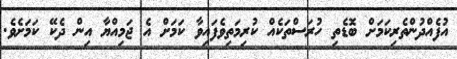
އުފެއްދުންތެރިކަމަށް ބޮޑެތި ހުރަސްތަކެއް ކުރިމަތިވެފައިވާ ކަމަށް އެ ޖަމިއްޔާ އިން ދެކޭ ކަމަށެވެ.